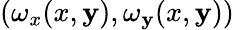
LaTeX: ({\omega}_{x}(x,\mathbf{y}),{\omega}_{\mathbf{y}}(x,\mathbf{y}))